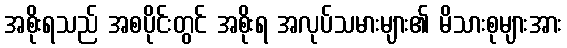
အစိုးရသည် အစပိုင်းတွင် အစိုးရ အလုပ်သမားများ၏ မိသားစုများအား